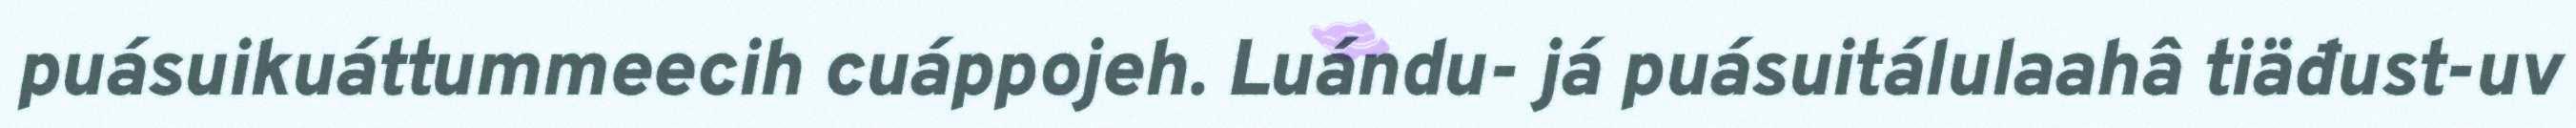
puásuikuáttummeecih cuáppojeh. Luándu- já puásuitálulaahâ tiäđust-uv